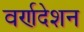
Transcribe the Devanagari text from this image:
वर्णदेशन